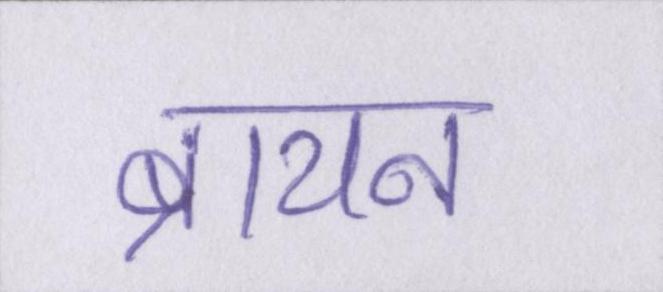
ब्रायन